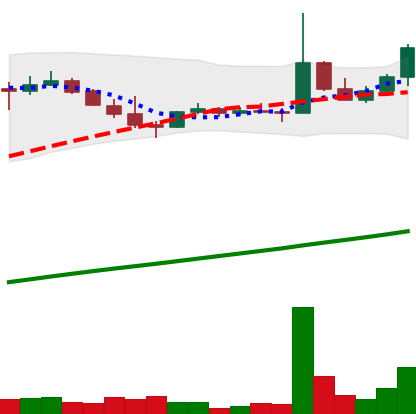
Ticker: DOGE-USD
Chart end date: 2021-04-06
Forward return: 15.81%
Label: up_7plus